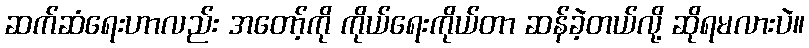
ဆက်ဆံရေးဟာလည်း အတော့်ကို ကိုယ်ရေးကိုယ်တာ ဆန်ခဲ့တယ်လို့ ဆိုရမလားပဲ။